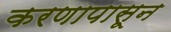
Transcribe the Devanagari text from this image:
करणापासून